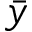
\bar { y }